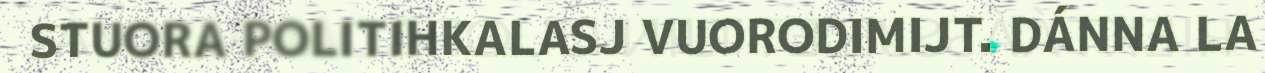
STUORA POLITIHKALASJ VUORODIMIJT. DÁNNA LA